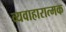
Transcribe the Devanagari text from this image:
व्यवाहारात्मक